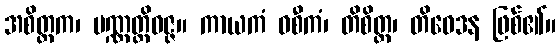
အစိတ္တက၊ ပဏ္ဏတ္တိဝဇ္ဇ။ ကာယကံ ဝစီကံ၊ တိစိတ္တ၊ တိဝေဒန ဖြစ်၏။